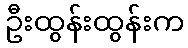
ဦးထွန်းထွန်းက